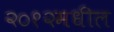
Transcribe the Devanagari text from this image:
२०१२मधील